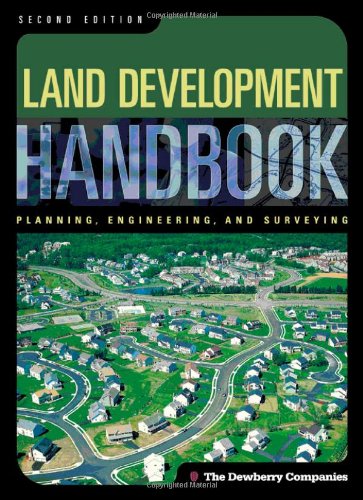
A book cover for Land Development Handbook (Handbook); The Dewberry Companies; Law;